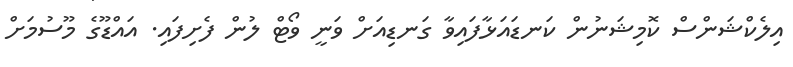
އިލެކްޝަންސް ކޮމިޝަނުން ކަނޑައަޅާފައިވާ ގަނޑިއަށް ވަނީ ވޯޓް ލުން ފެށިފައި. އައްޑޫގެ މޫސުމަށް